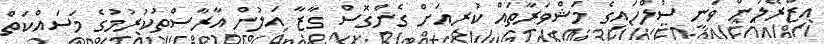
އިޒްރޭލުން ވަނީ ސުލްހައިގެ މަޝްވަރާތައް ކުރިއަށް ގެންގޮސް ގާޒާ އަލުން އާރާސްތުކުރުމުގެ މަސައްކަތް